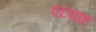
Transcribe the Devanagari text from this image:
एटवाह